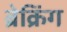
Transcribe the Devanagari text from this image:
ब्रेक्रिंग